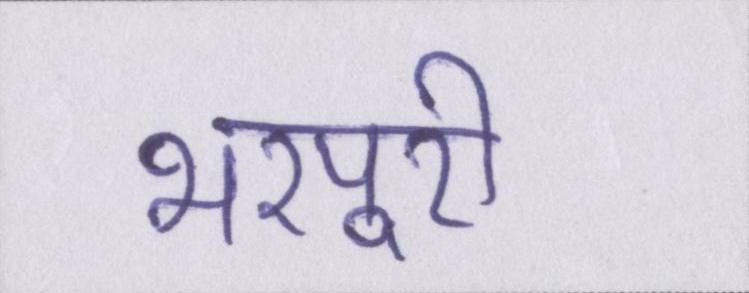
भरपूरी